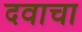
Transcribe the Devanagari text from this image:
दवाचा